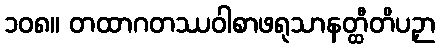
၁၀၈။ တထာဂတဿဝါစာဖရုသာနတ္ထီတိပဉှာ